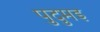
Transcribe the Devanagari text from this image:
पुदुमइ